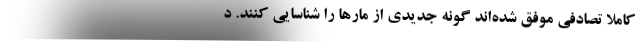
کاملاً تصادفی موفق شده‌اند گونه جدیدی از مارها را شناسایی کنند. د